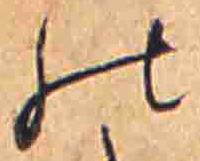
の